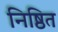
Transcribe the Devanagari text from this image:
निष्ठित